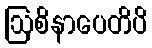
ဩစိနာပေတိပိ